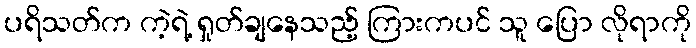
ပရိသတ်က ကဲ့ရဲ့ ရှုတ်ချနေသည့် ကြားကပင် သူ ပြော လိုရာကို